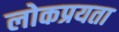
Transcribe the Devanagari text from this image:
लोकप्रयता